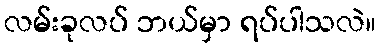
လမ်းခုလပ် ဘယ်မှာ ရပ်ပါသလဲ။